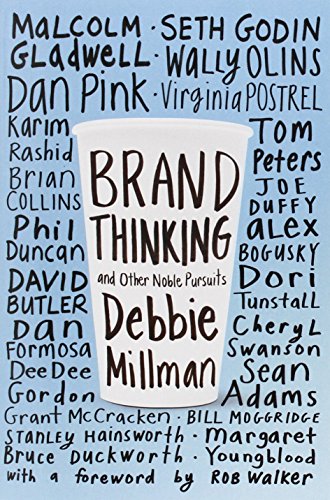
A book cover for Brand Thinking and Other Noble Pursuits; Debbie Millman; Business & Money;